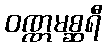
ဝဏ္ဏမစ္ဆရီ